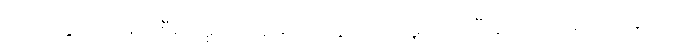
ဒါဟာ နိုင်ငံ၊တရားစီရင်မှု နယ်နိမိတ်တွေအပေါ် မူတည်ပြီးတော့မှ အင်တာနက်ကို